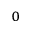
_ 0